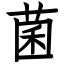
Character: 菌